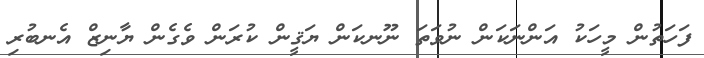
ފަހަތުން މީހަކު އަންނަކަން ނުވަތަ ނޫނކަން ޔަޤީން ކުރަން ވެގެން ޔާނިޒް އެނބުރި